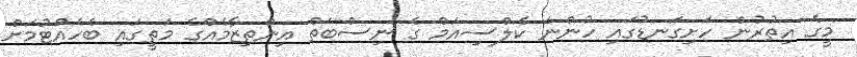
މީގެ އިތުރުން ހަށިގަނޑުގައި ހުންނަ ކެލްސިއަމް ގެ ނިސްބަތް އިންތިޒާމެއްގެ މަތީގައި ބެހެއްޓުމަށް